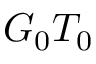
G _ { 0 } T _ { 0 }